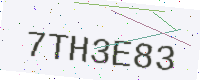
Text: 7TH3E83